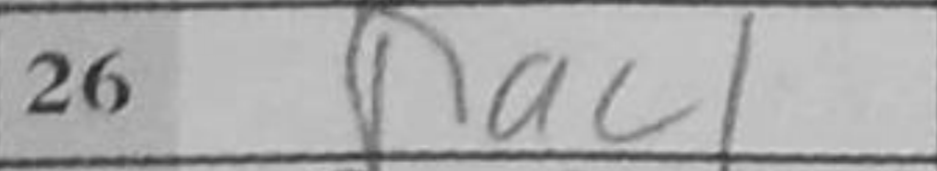
Transcription: Rac1